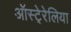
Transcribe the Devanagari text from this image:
ऑस्टे्रेलिया